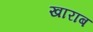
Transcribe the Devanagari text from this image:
खाराब